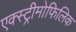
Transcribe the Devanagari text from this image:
एक्स्ट्रीमोफिलिक